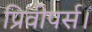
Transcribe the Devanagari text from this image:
प्रिवीपर्स।